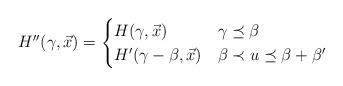
LaTeX: \begin{align*}H''(\gamma, \vec{x})=\begin{cases}H(\gamma, \vec{x}) & \gamma \preceq \beta \\H'(\gamma-\beta, \vec{x}) & \beta \prec u \preceq \beta+\beta'\end{cases} \end{align*}